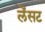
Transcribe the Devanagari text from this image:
लेंसट